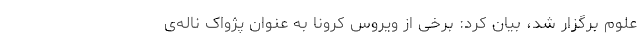
علوم برگزار شد، بیان کرد: برخی از ویروس کرونا به عنوان پژواک ناله‌ی